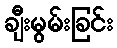
ချီးမွမ်းခြင်း